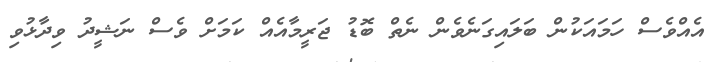
އެއްވެސް ހަމައަކުން ބަލައިގަނެވެން ނެތް ބޮޑު ޖަރީމާއެއް ކަމަށް ވެސް ނަޝީދު ވިދާޅުވި